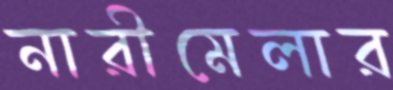
নারীমেলার